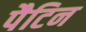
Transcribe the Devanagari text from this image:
पैटिन